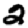
Digit: 2